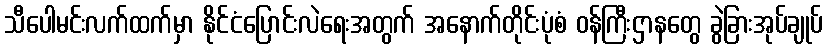
သီပေါမင်းလက်ထက်မှာ နိုင်ငံပြောင်းလဲရေးအတွက် အနောက်တိုင်းပုံစံ ဝန်ကြီးဌာနတွေ ခွဲခြားအုပ်ချုပ်